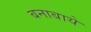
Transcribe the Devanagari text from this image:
बनाबाये